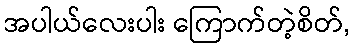
အပါယ်လေးပါး ကြောက်တဲ့စိတ်,